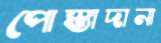
পোস্তাদানা